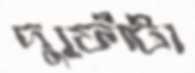
দুফোঁটা